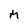
Character: M